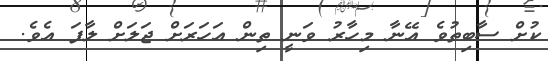
ކުށް ސާބިތުވެ އޭނާ މިހާރު ވަނީ ތިން އަހަރަށް ޖަލަށް ލާފަ އެވެ.